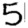
Digit: 5